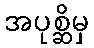
အပုစ္ဆိမှ